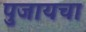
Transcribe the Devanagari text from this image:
पुजायचा